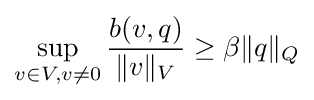
\sup _{v\in V,v\neq 0}{\frac {b(v,q)}{\|v\|_{V}}}\geq \beta \|q\|_{Q}